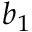
b _ { 1 }